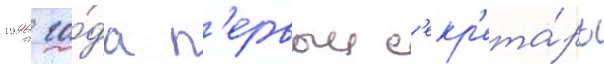
1996 го́да п'ервыи с'екр'ета́рь